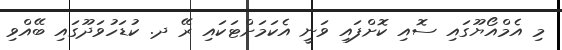
މި އެމްއޯޔޫގައި ސޮއި ކޮށްފައި ވަނީ އެކަމަށްޓަކައި ރޭ ދ. ކުޑަހުވަދޫގައި ބޭއްވި